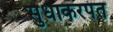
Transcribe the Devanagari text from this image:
सुधाकरपंत